Civil Veterinary Dept. Bombay admin report 1907-1913 - 1907-1913
Year: 1907
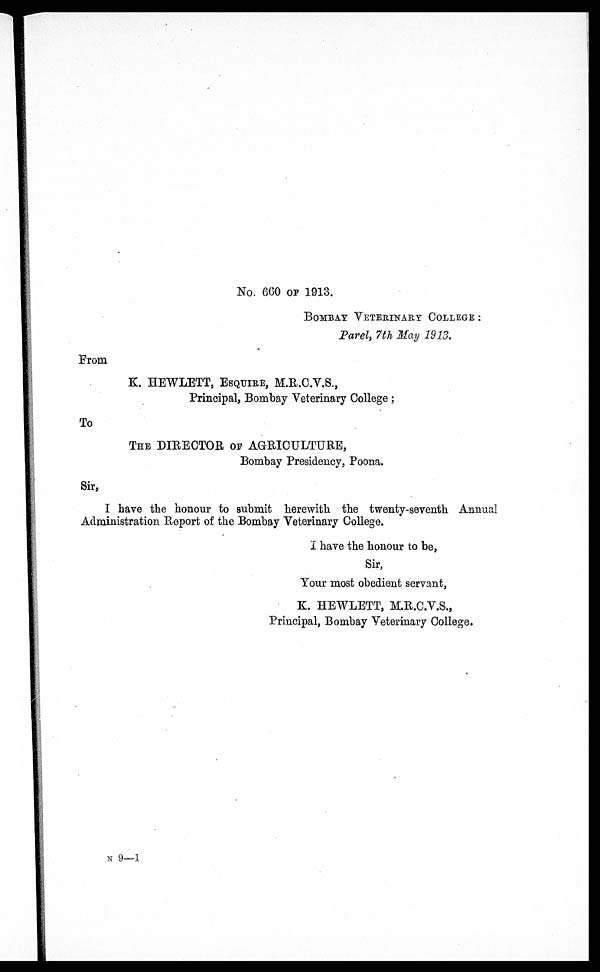
No. 660 OF 1913.
BOMBAY VETERINARY COLLEGE:
Parel, 7th May 1913.
From
K. HEWLETT, ESQUIRE, M.R.C.V.S.,
Principal, Bombay Veterinary College;
To
THE DIRECTOR OF AGRICULTURE,
Bombay Presidency, Poona.
Sir,
I have the honour to submit herewith the twenty-seventh Annual
Administration Report of the Bombay Veterinary College.
I have the honour to be,
Sir,
Your most obedient servant,
K. HEWLETT, M.R.C.V.S.,
Principal, Bombay Veterinary College.
N 9—J.